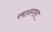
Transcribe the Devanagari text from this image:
रमानगला